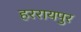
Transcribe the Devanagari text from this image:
हररायपुर